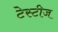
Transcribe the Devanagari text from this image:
टेस्टीज